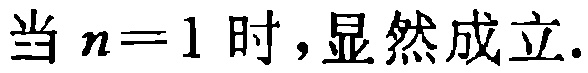
当 \(n = 1\) 时,显然成立.